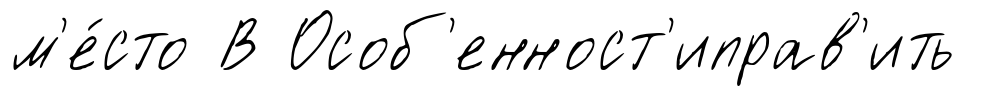
м'е́сто В Особ'енност'иправ'ить